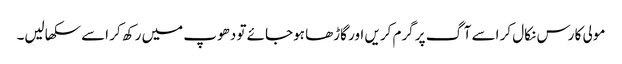
مولی کا رس نکال کر اسے آگ پر گرم کریں اور گاڑھا ہوجائے تو دھوپ میں رکھ کر اسے سکھالیں۔